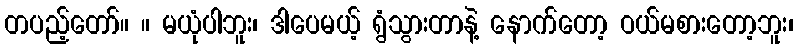
တပည့်တော်။ ။ မယုံပါဘူး၊ ဒါပေမယ့် ရွံသွားတာနဲ့ နောက်တော့ ဝယ်မစားတော့ဘူး၊